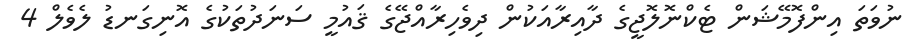
ނުވަތަ އިންފޮމޭޝަން ޓެކްނޮލޮޖީގެ ދާއިރާއަކުން ދިވެހިރާއްޖޭގެ ޤައުމީ ސަނަދުތަކުގެ އޮނިގަނޑު ލެވެލް 4